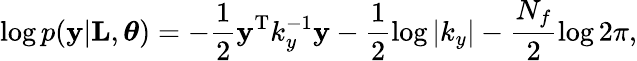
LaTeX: \log p(\textbf{y}|\textbf{L},\boldsymbol{\theta})=-\frac{1}{2}\textbf{y}^{\textrm{T}}k_{y}^{-1}\textbf{y}-\frac{1}{2}\log|k_{y}|-\frac{N_{f}}{2}\log 2\pi,